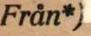
Från*)